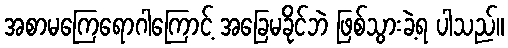
အစာမကြေရောဂါကြောင့် အခြေမခိုင်ဘဲ ဖြစ်သွားခဲ့ရ ပါသည်။